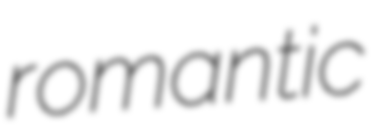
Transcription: romantic